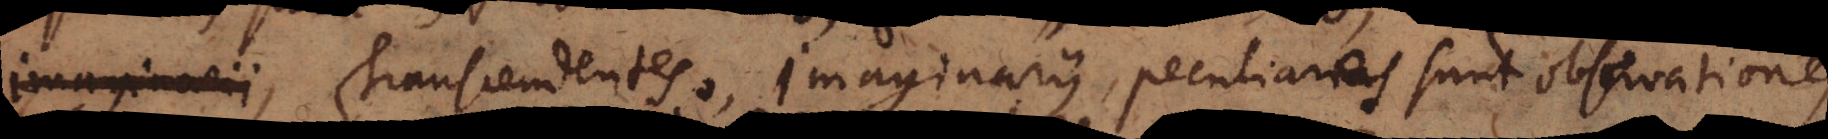
Imaginarii, Transcendentes, Imaginarii, peculiares sunt observationes